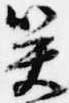
笑